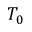
T _ { 0 }